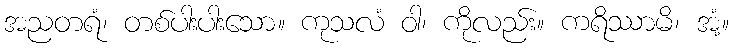
အညတရံ၊ တစ်ပါးပါးသော။ ကုသလံ ဝါ၊ ကိုလည်း။ ကရိဿာမိ၊ အံ့။